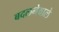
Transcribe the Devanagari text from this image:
बदलनेवाले